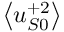
\left< u _ { S 0 } ^ { + 2 } \right>